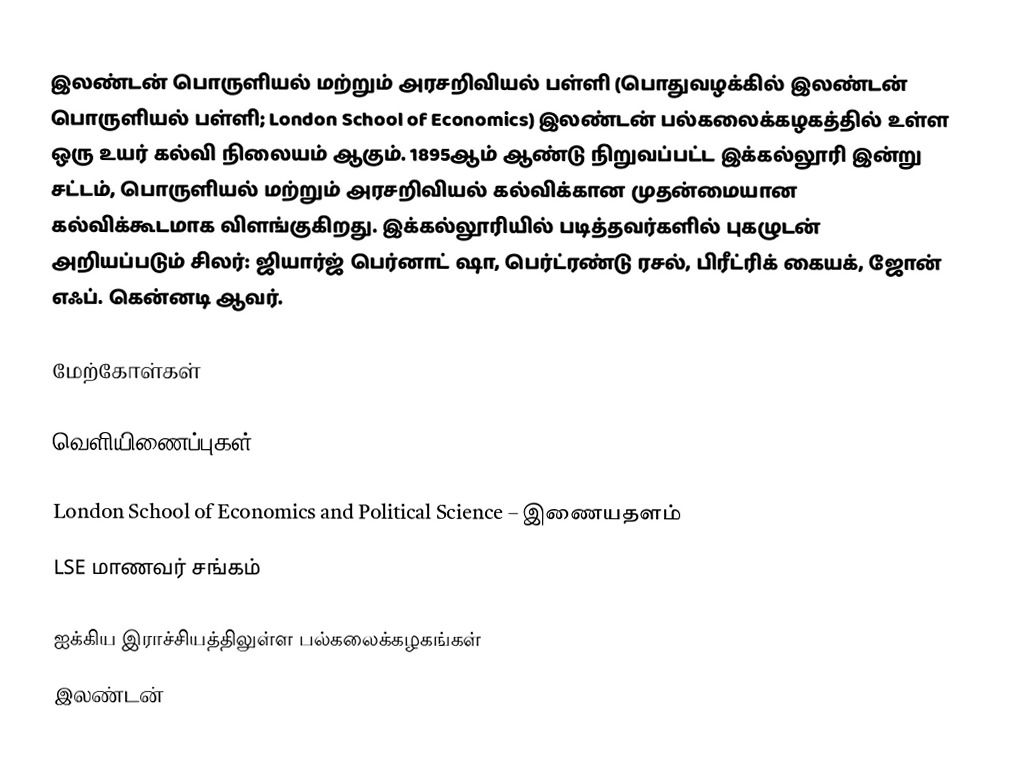
இலண்டன் பொருளியல் மற்றும் அரசறிவியல் பள்ளி (பொதுவழக்கில் இலண்டன் பொருளியல் பள்ளி; London School of Economics) இலண்டன் பல்கலைக்கழகத்தில் உள்ள ஒரு உயர் கல்வி நிலையம் ஆகும். 1895ஆம் ஆண்டு நிறுவப்பட்ட இக்கல்லூரி இன்று சட்டம், பொருளியல் மற்றும் அரசறிவியல் கல்விக்கான முதன்மையான கல்விக்கூடமாக விளங்குகிறது. இக்கல்லூரியில் படித்தவர்களில் புகழுடன் அறியப்படும் சிலர்: ஜியார்ஜ் பெர்னாட் ஷா, பெர்ட்ரண்டு ரசல், பிரீட்ரிக் கையக், ஜோன் எஃப். கென்னடி ஆவர்.

மேற்கோள்கள்

வெளியிணைப்புகள்

 London School of Economics and Political Science – இணையதளம்
 LSE மாணவர் சங்கம்

ஐக்கிய இராச்சியத்திலுள்ள பல்கலைக்கழகங்கள்
இலண்டன்